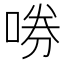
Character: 𫪤